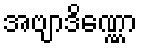
အဗျာဒိဏ္ဏော